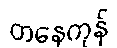
တနေကုန်